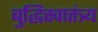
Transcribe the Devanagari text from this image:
बुद्धिस्वातंत्र्य